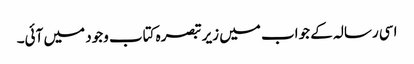
اسی رسالہ کے جواب میں زیر تبصرہ کتاب وجود میں آئی۔